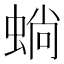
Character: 𱿫